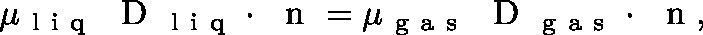
\mu _ { \mathrm { ~ l ~ i ~ q ~ } } \mathrm { ~ \boldmath ~ D ~ } _ { \mathrm { ~ l ~ i ~ q ~ } } \cdot \mathrm { ~ \boldmath ~ n ~ } = \mu _ { \mathrm { ~ g ~ a ~ s ~ } } \mathrm { ~ \boldmath ~ D ~ } _ { \mathrm { ~ g ~ a ~ s ~ } } \cdot \mathrm { ~ \boldmath ~ n ~ } ,